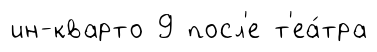
ин-кварто 9 посл'е т'еа́тра